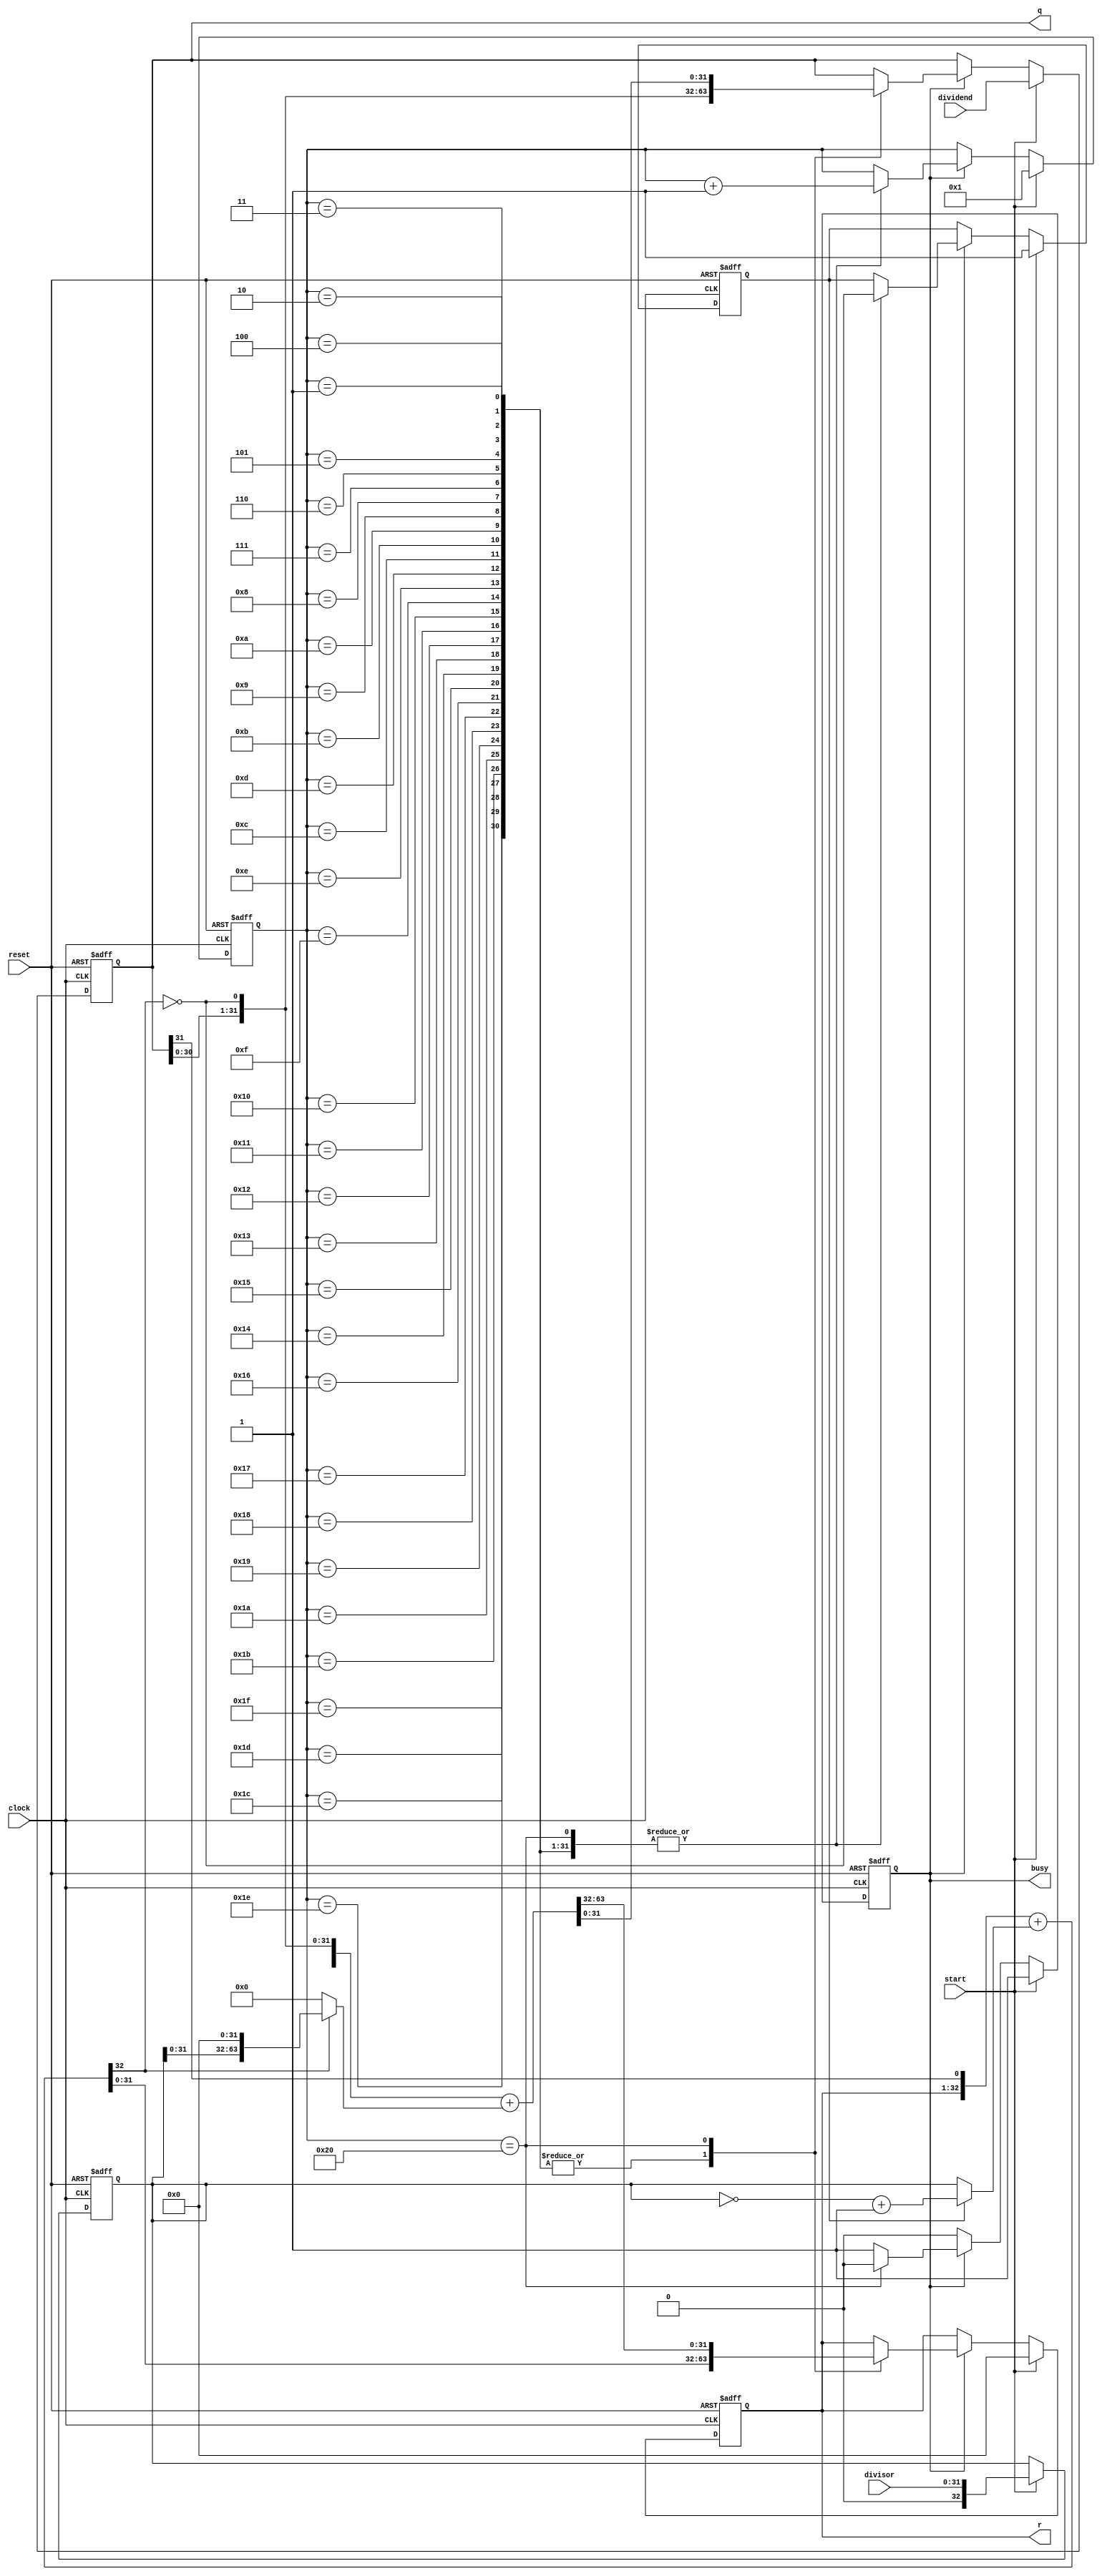
`timescale 1ns / 1ps
//////////////////////////////////////////////////////////////////////////////////
// Company: 
// Engineer: 
// 
// Design Name: 
// Module Name: DIVU
// Project Name: 
// Target Devices: 
// Tool Versions: 
// Description: 
//  -unknown
// Dependencies: 
// 
// Revision:
// Revision 0.01 - File Created
// Additional Comments:
// 
//////////////////////////////////////////////////////////////////////////////////


module DIVU(
    input [31:0] dividend,
    input [31:0] divisor,
    input start,
    input clock,
    input reset,    //active-high
    output [31:0] q,
    output [31:0] r,
    output reg busy
    );
    
    reg [5:0] cnt;
    reg [32:0] inner_sr;
    reg [31:0] rmdr;    //remainder
    reg [31:0] qtnt;    //quotient
    reg sign;
    
    wire [32:0] inner_complement_sr;
    assign inner_complement_sr=~inner_sr+1'b1;
    wire [32:0] add;
    assign add={rmdr,qtnt[31]}+(sign?inner_complement_sr:inner_sr);

    assign r=rmdr;
    assign q=qtnt;
    
    always@(posedge(clock) or posedge(reset)) begin
        if(reset==1) begin
            cnt<=0;
            busy<=0;
            rmdr<=0;
            qtnt<=0;
            inner_sr<=0;
            sign<=0;
        end
        else begin
            if(start) begin
                rmdr<=0;
                qtnt<=dividend;
                inner_sr<={1'b0,divisor};
                busy<=1;
                cnt<=1;
                sign<=1;
            end
            else if(busy) begin
                case(cnt)
                    1,2,3,4,5,6,7,8,9,10,11,12,13,14,15,16,17,18,19,20,21,22,23,24,25,26,27,28,29,30,31: begin
                        {rmdr,qtnt}<={add[31:0],qtnt[30:0],~add[32]};
                        sign<=~add[32];
                        cnt<=cnt+1;
                    end
                    32: begin
                        {rmdr,qtnt}<={add[31:0],qtnt[30:0],~add[32]}+(add[32]?{inner_sr[31:0],32'b0}:64'b0);
                        sign<=~add[32];
                        cnt<=cnt+1;
                        busy<=0;
                    end
                    default: begin end
                endcase
            end
        end
    end
endmodule